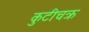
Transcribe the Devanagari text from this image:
कुटीचक्र